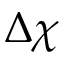
\Delta \chi